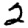
Digit: 2